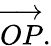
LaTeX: {\overrightarrow{OP}}.